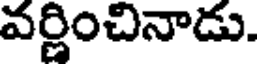
వర్ణించినాడు.